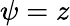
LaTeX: \psi=z